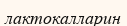
лактокалларин